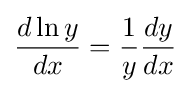
{\frac {d\ln y}{dx}}={\frac {1}{y}}{\frac {dy}{dx}}